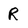
Character: R